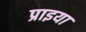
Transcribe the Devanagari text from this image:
प्राइया